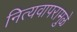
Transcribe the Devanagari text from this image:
नित्यवापरामुळे